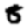
Digit: 8